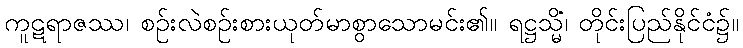
ကူဋရာဇဿ၊ စဉ်းလဲစဉ်းစားယုတ်မာစွာသောမင်း၏။ ရဋ္ဌသ္မိံ၊ တိုင်းပြည်နိုင်ငံ၌။